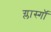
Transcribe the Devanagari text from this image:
ग्लास्गाॅ